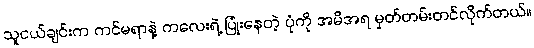
သူငယ်ချင်းက ကင်မရာနဲ့ ကလေးရဲ့ ပြုံးနေတဲ့ ပုံကို အမိအရ မှတ်တမ်းတင်လိုက်တယ်။